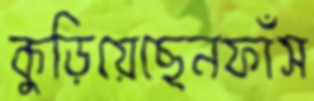
কুড়িয়েছেনফাঁস